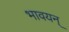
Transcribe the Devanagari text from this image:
भावयन्